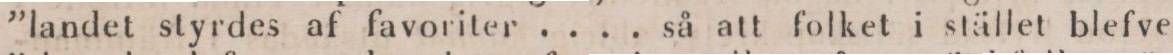
”landet styrdes af favoriter .... så att folket i stället blefve